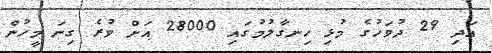
އަދި 29 ދުވަހުގެ މުޅި ހިނގާލުމުގައި 28000 އަށް ވުރެ ގިނަ މީހުން